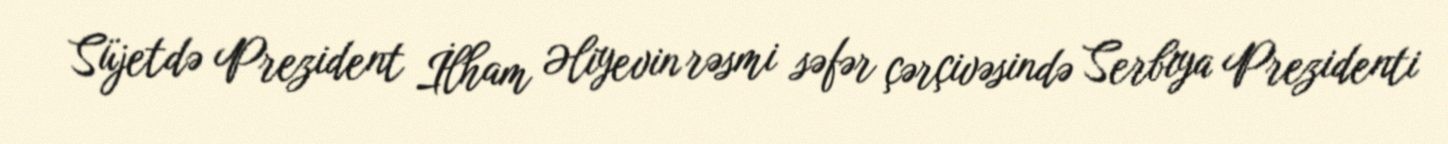
Süjetdə Prezident İlham Əliyevin rəsmi səfər çərçivəsində Serbiya Prezidenti